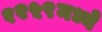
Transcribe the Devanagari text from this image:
१२५९मध्ये